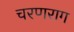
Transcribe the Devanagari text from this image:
चरणराग